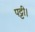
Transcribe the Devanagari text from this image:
पट्टी।